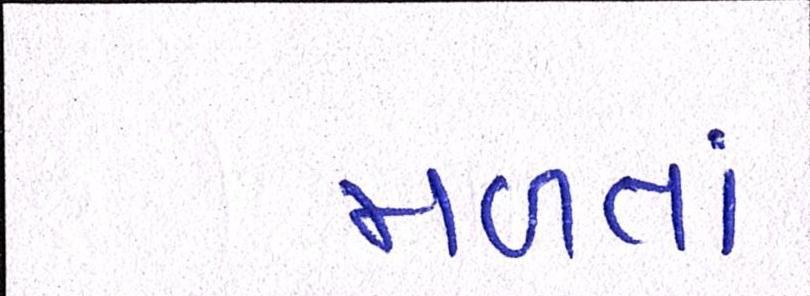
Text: મળતાં